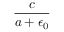
\frac { c } { a + \epsilon _ { 0 } }